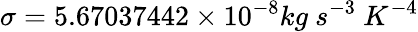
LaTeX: \sigma=5.67037442\times 10^{-8}kg\ s^{-3}\ K^{-4}